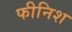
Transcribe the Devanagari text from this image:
फीनिश